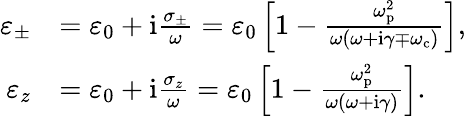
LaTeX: \begin{array}{rl}{\varepsilon_{\pm}}&{=\varepsilon_{0}+\mathrm{i}\frac{\sigma_{\pm}}{\omega}=\varepsilon_{0}\left[1-\frac{\omega_{\mathrm{p}}^{2}}{\omega(\omega+\mathrm{i}\gamma\mp\omega_{\mathrm{c}})}\right],}\\ {\varepsilon_{z}}&{=\varepsilon_{0}+\mathrm{i}\frac{\sigma_{z}}{\omega}=\varepsilon_{0}\left[1-\frac{\omega_{\mathrm{p}}^{2}}{\omega(\omega+\mathrm{i}\gamma)}\right].}\end{array}